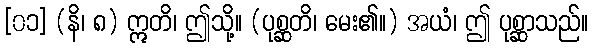
[၀၁] (နိ၊ ၈) ဣတိ၊ ဤသို့။ (ပုစ္ဆတိ၊ မေး၏။) အယံ၊ ဤ ပုစ္ဆာသည်။